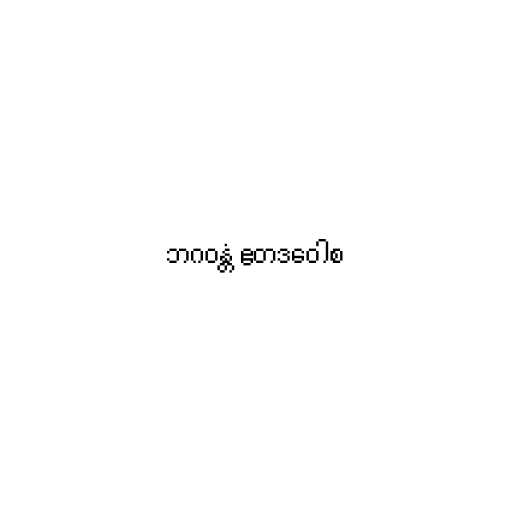
ဘဂဝန္တံ ဧတဒဝေါစ